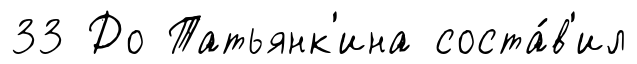
33 До Татьянк'ина соста́в'ил